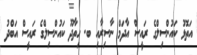
އަތޮޅު ކައުންސިލްގެ ރައީސް އާދަމް ނާސިރާއި ބ. ހިތާދޫ ކައުންސިލްގެ ރައީސް އަބްދު